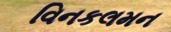
વિનકલમન